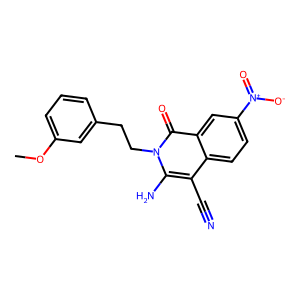
SMILES: COc1cccc(CCn2c(N)c(C#N)c3ccc([N+](=O)[O-])cc3c2=O)c1
Inhibits HIV replication: No